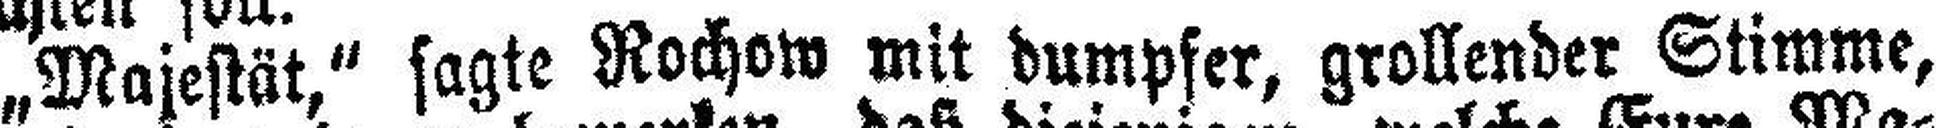
„Majestät,“ sagte Rochow mit dumpfer, grollender Stimme,